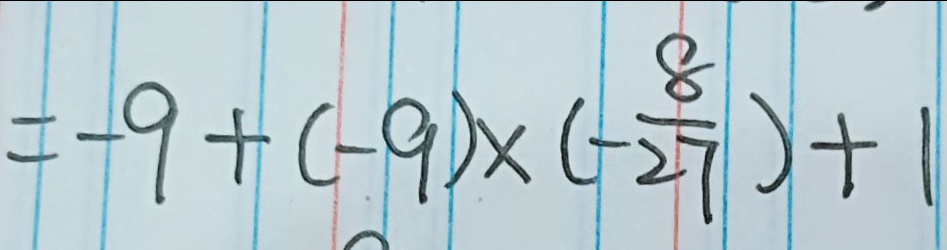
= - 9 + ( - 9 ) \times ( - \frac { 8 } { 2 7 } ) + 1